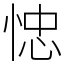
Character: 㥙